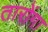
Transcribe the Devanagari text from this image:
तारोंगा